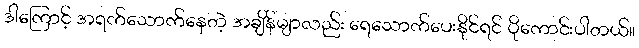
ဒါကြောင့် အရက်သောက်နေတဲ့ အချိန်မျာလည်း ရေသောက်ပေးနိုင်ရင် ပိုကောင်းပါတယ်။